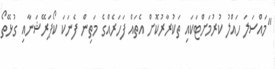
"މައްސަލަ ހައްލު ކުރުމަށްޓަކައި ތަކުރާރުކޮށް އެތައް ފަހަރެއްގެ މަތިން ފެނަކަ ކޯޕަރޭޝަނާއި ގުޅޭތޯ